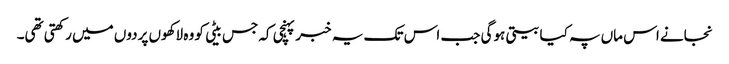
نجانے اس ماں پہ کیا بیتی ہوگی جب اس تک یہ خبر پہنچی کہ جس بیٹی کو وہ لاکھوں پردوں میں رکھتی تھی۔